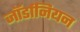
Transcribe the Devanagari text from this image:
जॉर्डानियन